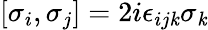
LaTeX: \left[\sigma_{i},\sigma_{j}\right]=2i\epsilon_{ij\mathit{k}}\sigma_{\mathit{k}}